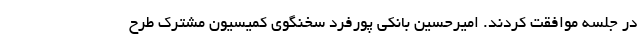
در جلسه موافقت کردند. امیرحسین بانکی پورفرد سخنگوی کمیسیون مشترک طرح